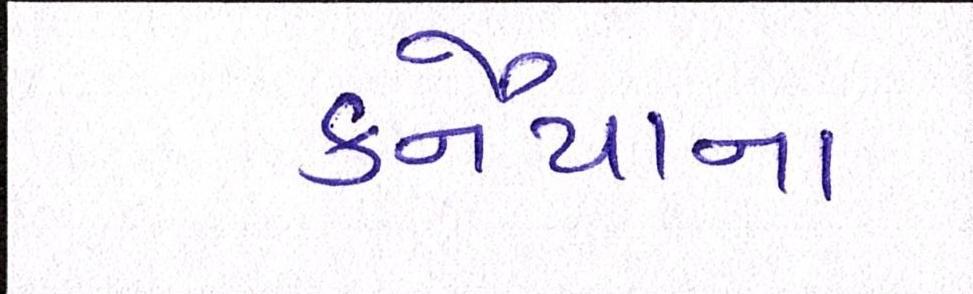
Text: કનૈયાના